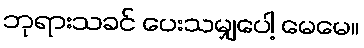
ဘုရားသခင် ပေးသမျှပေါ့ မေမေ။